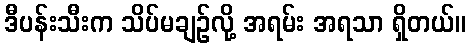
ဒီပန်းသီးက သိပ်မချဉ်လို့ အရမ်း အရသာ ရှိတယ်။